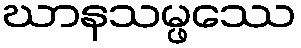
ဃာနသမ္ဖဿေ